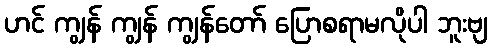
ဟင် ကျွန် ကျွန် ကျွန်တော် ပြောစရာမလိုပါ ဘူးဗျ